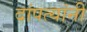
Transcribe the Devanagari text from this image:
दांपत्यांनी